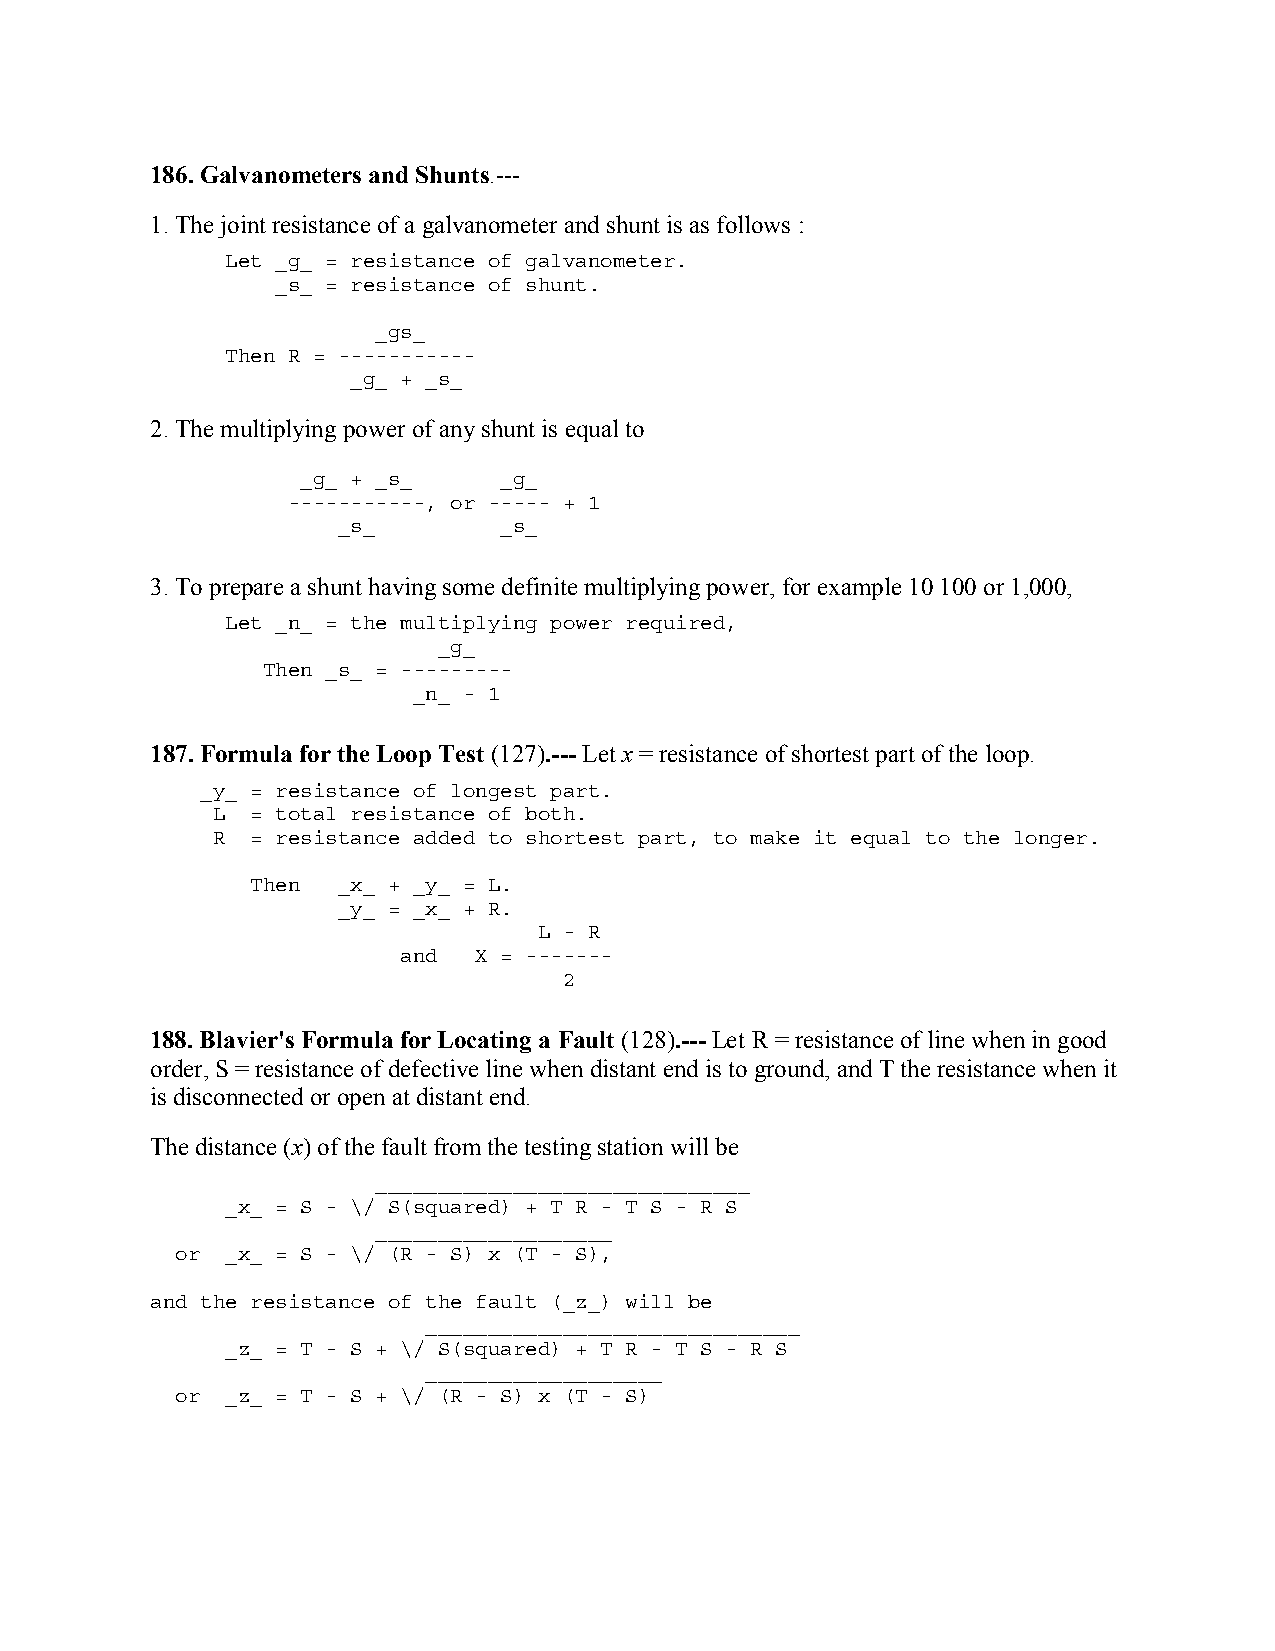
186. Galvanometers and Shunts.---
 1. The joint resistance of a galvanometer and shunt is as follows :
 Let _g_ = resistance of galvanometer.
 _s_ = resistance of shunt.
 _gs_
 Then R = -----------
 _g_ + _s_
 2. The multiplying power of any shunt is equal to
 _g_ + _s_    _g_
 -----------, or ----- + 1
 _s_        _s_
 3. To prepare a shunt having some definite multiplying power, for example 10 100 or 1,000,
 Let _n_ = the multiplying power required,
 _g_
 Then _s_ = ---------
 _n_ - 1
 187. Formula for the Loop Test (127).--- Let x = resistance of shortest part of the loop.
 _y_ = resistance of longest part.
 L  = total resistance of both.
 R  = resistance added to shortest part, to make it equal to the longer.
 Then _x_ + _y_ = L.
 _y_ = _x_ + R.
 L - R
 and  X = -------
 2
 188. Blavier's Formula for Locating a Fault (128).--- Let R = resistance of line when in good
 order, S = resistance of defective line when distant end is to ground, and T the resistance when it
 is disconnected or open at distant end.
 The distance (x) of the fault from the testing station will be
 ______________________________
 _x_ = S - \/ S(squared) + T R - T S - R S
 ___________________
 or _x_ = S - \/ (R - S) x (T - S),
 and the resistance of the fault (_z_) will be
 ______________________________
 _z_ = T - S + \/ S(squared) + T R - T S - R S
 ___________________
 or _z_ = T - S + \/ (R - S) x (T - S)